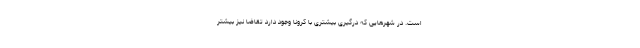
است. در شهرهایی که درگیری بیشتری با کرونا وجود دارد تقاضا نیز بیشتر